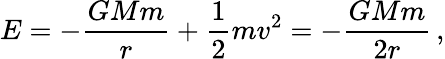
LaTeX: E=-\frac{GMm}{r}+\frac{1}{2}mv^{2}=-\frac{GMm}{2r}\, ,